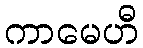
ကာမေဟီ